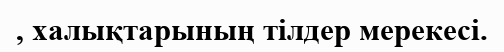
, халықтарының тілдер мерекесі.